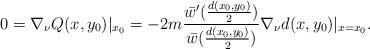
LaTeX: \begin{align*}0=\nabla_{\nu} Q(x,y_0)|_{x_0} = -2m\frac{\bar{w}'(\frac{d(x_0,y_0)}{2})}{\bar{w}(\frac{d(x_0,y_0)}{2})}\nabla_{\nu}d(x,y_0)|_{x=x_0}.\end{align*}